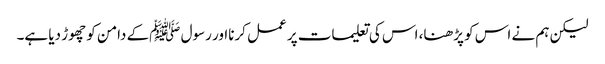
لیکن ہم نے اس کو پڑھنا، اس کی تعلیمات پر عمل کرنااور رسول ﷺکے دامن کو چھوڑ دیا ہے۔